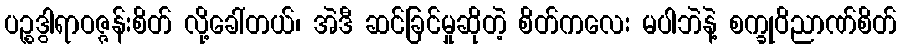
ပဉ္စဒွါရာဝဇ္ဇန်းစိတ် လို့ခေါ်တယ်၊ အဲဒီ ဆင်ခြင်မှုဆိုတဲ့ စိတ်ကလေး မပါဘဲနဲ့ စက္ခုဝိညာဏ်စိတ်